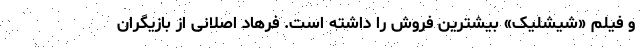
و فیلم «شیشلیک» بیشترین فروش را داشته است. فرهاد اصلانی از بازیگران